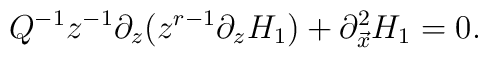
Q^{-1}z^{-1}\partial_{z}(z^{r-1}\partial_z H_{1})+\partial^{2}_{\vec{x}}H_{1}=0.